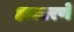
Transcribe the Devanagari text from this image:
हाकारणे